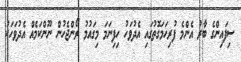
ސިފައިންގެ ބާރު އެންމެ ފުރިހަމަގޮތުގައި އެދުވަހު ހިފިނަމަ މިގައުމު ރޯންޖެހުން ނޫންކަމެއް އެދުވަހަކު